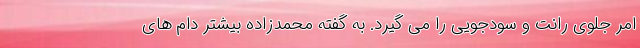
امر جلوی رانت و سودجویی را می گیرد. به گفته محمدزاده بیشتر دام های